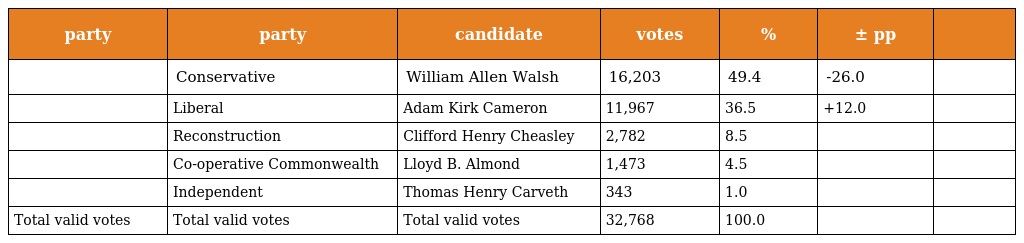
| party | party | candidate | votes | % | ± pp |  |
 | --- | --- | --- | --- | --- | --- | --- |
 |  | Conservative | William Allen Walsh | 16,203 | 49.4 | -26.0 |  |
 |  | Liberal | Adam Kirk Cameron | 11,967 | 36.5 | +12.0 |  |
 |  | Reconstruction | Clifford Henry Cheasley | 2,782 | 8.5 |  |  |
 |  | Co-operative Commonwealth | Lloyd B. Almond | 1,473 | 4.5 |  |  |
 |  | Independent | Thomas Henry Carveth | 343 | 1.0 |  |  |
 | Total valid votes | Total valid votes | Total valid votes | 32,768 | 100.0 |  |  |